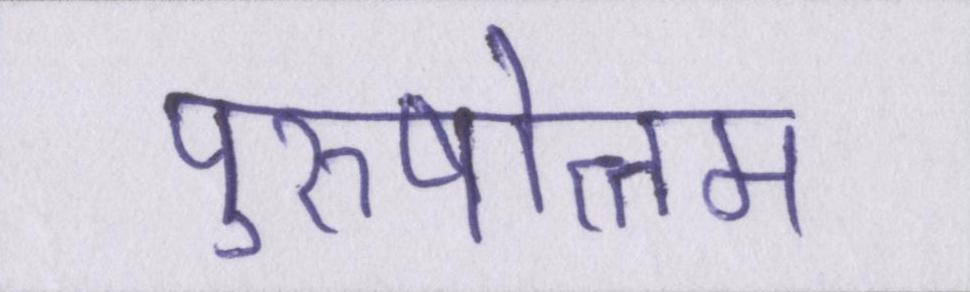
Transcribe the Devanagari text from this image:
पुरुषोत्तम